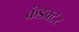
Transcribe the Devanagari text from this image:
कंडक्‍टर